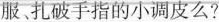
服、扎破手指的小调皮么?